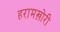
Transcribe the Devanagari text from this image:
हरामख़ोरी